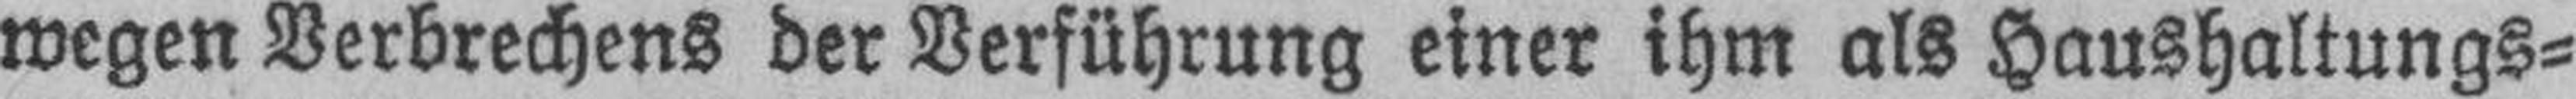
wegen Verbrechens der Verführung einer ihm als Haushaltungs¬